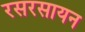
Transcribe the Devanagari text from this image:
रसरसायन